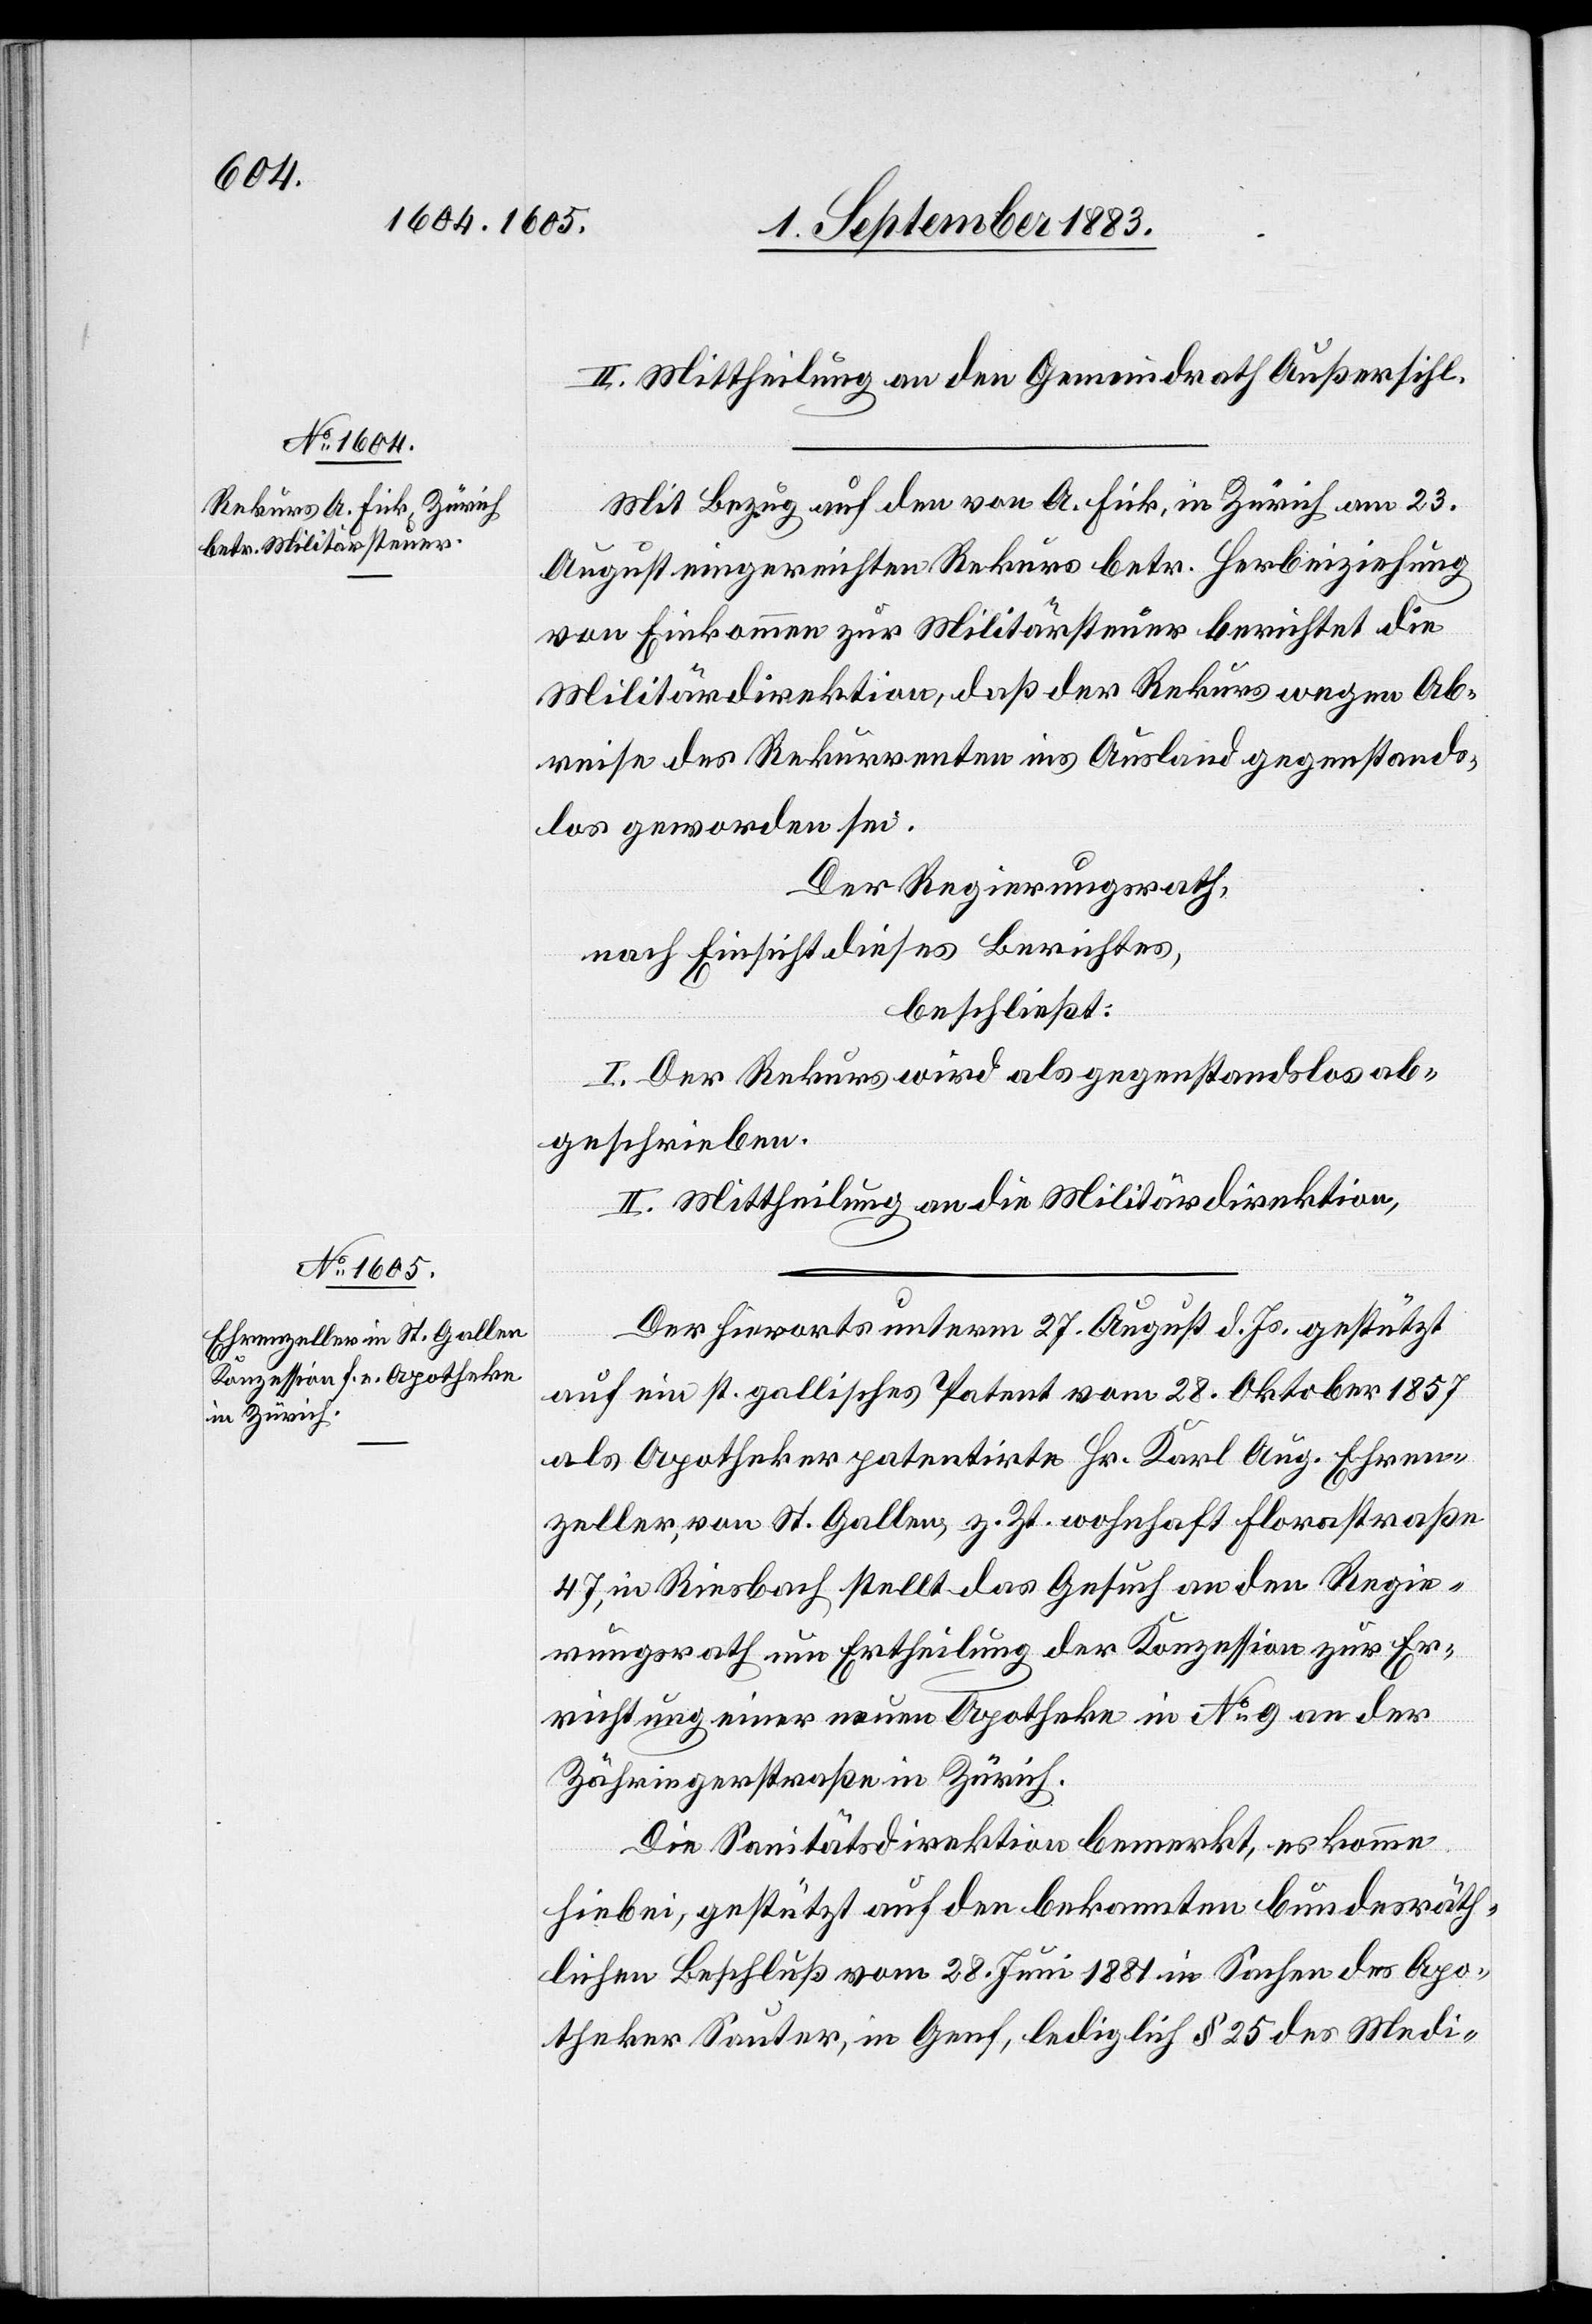
wiesen.

II. Mittheilung an den Gemeindrath Außersihl.
Mit Bezug auf den von A. Fick, in Zürich am 23.
August eingereichten Rekurs betr. Herbeiziehung
von Einkommen zur Militärsteuer berichtet die
Militärdirektion, daß der Rekurs wegen Ab¬
reise des Rekurrenten ins Ausland gegenstands¬
los geworden sei.
Der Regierungsrath,
nach Einsicht dieses Berichtes,
beschließt:
I. Der Rekurs wird als gegenstandslos abge¬
II. Mittheilung an die Militärdirektion.
Der hierorts unterm 27. August d. Js. gestützt
auf ein st. gallisches Patent vom 28. Oktober 1857
als Apotheker patentirte Hr. Karl Aug. Ehren¬
zeller, von St. Gallen, z. Zt. wohnhaft Florastraße
47, in Riesbach stellt das Gesuch an den Regie¬
rungsrath um Ertheilung der Konzession zur Er¬
richtung einer neuen Apotheke in No 9 an der
Zähringerstraße in Zürich.
Die Sanitätsdirektion bemerkt, es komme
hiebei, gestützt auf den bekannten bundesräth¬
lichen Beschluß vom 28. Juni 1881 in Sachen des Apo¬
theker Sauter, in Genf, lediglich § 25 des Medi-